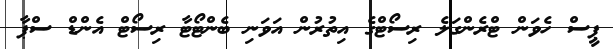
ޕީސް ހެވަން ޓްރެންގަލެ ރިސޯޓްގެ އިތުރުން އަވަނި ބެންޓޯޓާ ރިސޯޓް އެންޑް ސްޕާ